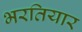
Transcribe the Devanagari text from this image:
भरतियार